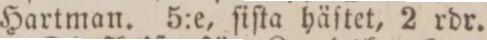
Hartman. 5:e, ſiſta häſtet, 2 rdr.